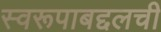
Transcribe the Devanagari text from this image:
स्वरूपाबद्दलची